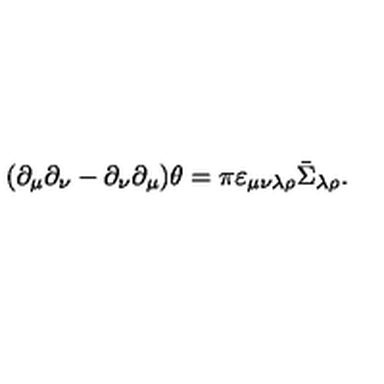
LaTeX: ( \partial _ { \mu } \partial _ { \nu } - \partial _ { \nu } \partial _ { \mu } ) \theta = \pi \varepsilon _ { \mu \nu \lambda \rho } \bar { \Sigma } _ { \lambda \rho } .